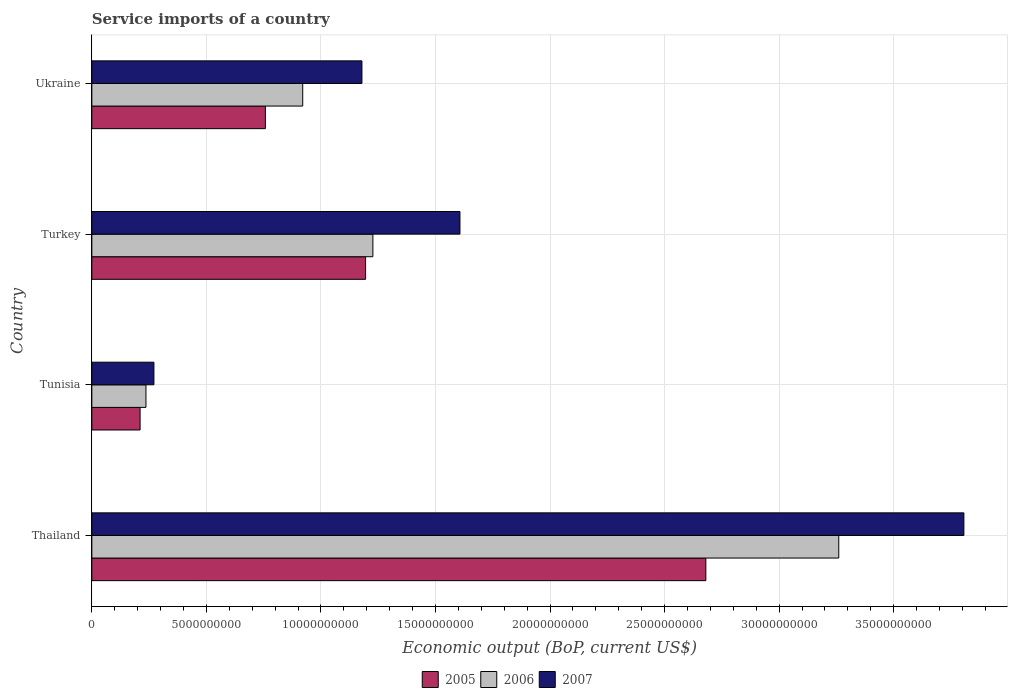
| Country | 2005 | 2006 | 2007 |
 | --- | --- | --- | --- |
 | Thailand | 2.68e+10 | 3.26e+10 | 3.81e+10 |
 | Tunisia | 2.11e+09 | 2.36e+09 | 2.71e+09 |
 | Turkey | 1.2e+10 | 1.23e+10 | 1.61e+10 |
 | Ukraine | 7.58e+09 | 9.20e+09 | 1.18e+10 |